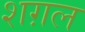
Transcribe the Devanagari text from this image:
शग़ल